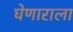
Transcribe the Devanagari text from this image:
घेणाराला